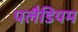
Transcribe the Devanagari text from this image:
पलैडियम